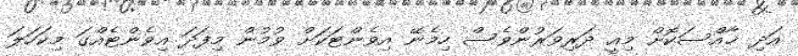
އަދި ޚާއްސަކޮށް މިއީ ދަރިވަރުންވެސް ހިމެނޭ އިވެންޓަކަށް ވުމުން މިފަދަ އިވެންޓެއްގަ މިކަހަލަ